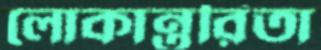
লোকান্তরিতা